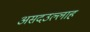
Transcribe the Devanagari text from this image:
असदउल्लाह